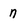
Character: n